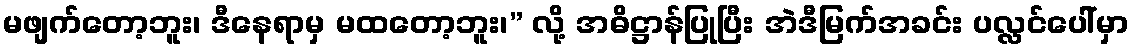
မဖျက်တော့ဘူး၊ ဒီနေရာမှ မထတော့ဘူး၊” လို့ အဓိဋ္ဌာန်ပြုပြီး အဲဒီမြက်အခင်း ပလ္လင်ပေါ်မှာ